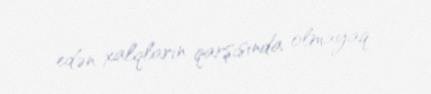
edən xalqların qarşısında olmayaq.